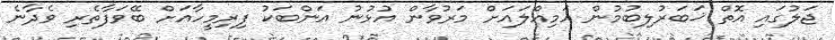
ޖަލުގައި އޮތް ޚަބަރުލިބުމުން އަމިއްލައަށް މަރުވާން އުޅުނު އަންބަކު ފިރިމީހާއަށް ބޭވަފާތެރި ވެދާނެ